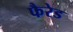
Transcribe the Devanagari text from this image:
फैरेड